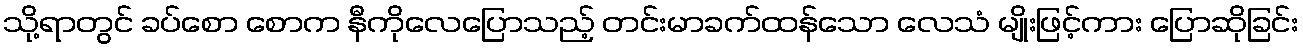
သို့ရာတွင် ခပ်စော စောက နီကိုလေပြောသည့် တင်းမာခက်ထန်သော လေသံ မျိုးဖြင့်ကား ပြောဆိုခြင်း